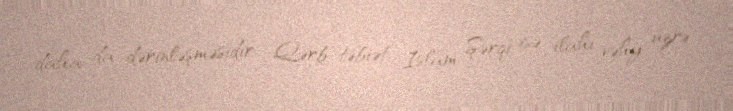
daha da dərinləşməsidir: Qərb təbiət, İslam Şərqi isə ilahi vəhy üzrə